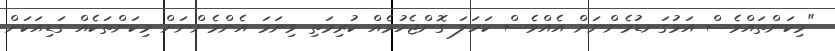
"މިކަންތައްވެސް އަޅުގަނޑުމެންނަށް އެއްވެސް ކަހަލަ ގޮންޖެހުމެއް ކުރިމަތި ވިނަމަ އެންމެންނަށް މިކަންތަކެއް ގަޑިއަކަށް